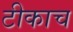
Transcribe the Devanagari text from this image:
टीकाच